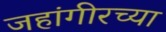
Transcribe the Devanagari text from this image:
जहांगीरच्या